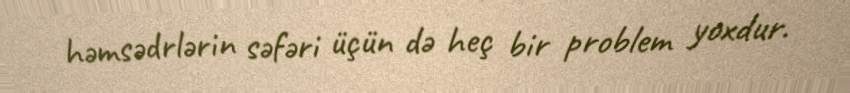
həmsədrlərin səfəri üçün də heç bir problem yoxdur.